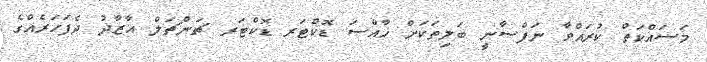
މަސައްކަތް ކުރައްވާ ނަފްސާނީ ބަލިތަކަށް ޚާއްސަ ޑޮކްޓަރ ޑޮކްޓަރ ޗަންޗަލް އާޒާދު ދެފަހަރެއްގެ